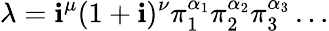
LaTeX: \lambda=\mathbf{i}^{\mu}(1+\mathbf{i})^{\nu}\pi_{1}^{\alpha_{1}}\pi_{2}^{\alpha_{2}}\pi_{3}^{\alpha_{3}}\dots